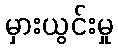
မှားယွင်းမှု